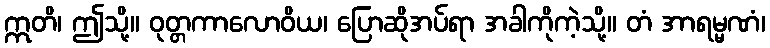
ဣတိ၊ ဤသို့။ ဝုတ္တကာလောဝိယ၊ ပြောဆိုအပ်ရာ အခါကိုကဲ့သို့။ တံ အာရမ္မဏံ၊